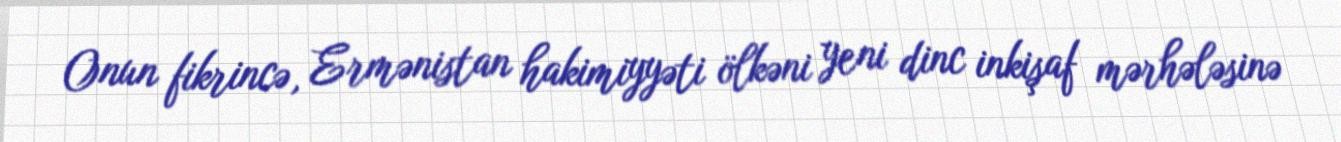
Onun fikrincə, Ermənistan hakimiyyəti ölkəni yeni dinc inkişaf mərhələsinə